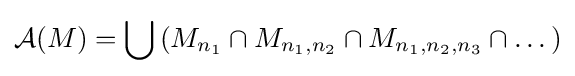
{\mathcal {A}}(M)=\bigcup \left(M_{n_{1}}\cap M_{n_{1},n_{2}}\cap M_{n_{1},n_{2},n_{3}}\cap \dots \right)